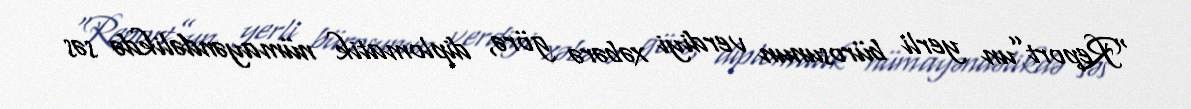
“Report”un yerli bürosunun verdiyi xəbərə görə, diplomatik nümayəndəlikdə səs